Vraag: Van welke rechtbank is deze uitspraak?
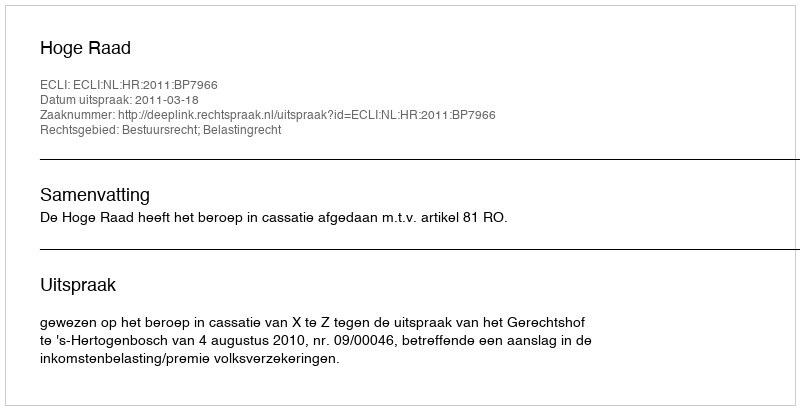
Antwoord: Hoge Raad